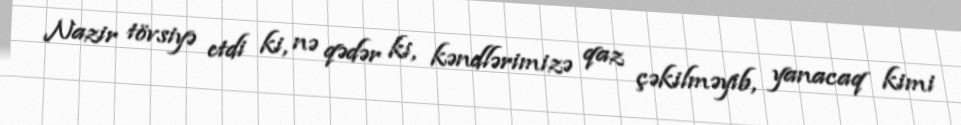
Nazir tövsiyə etdi ki, nə qədər ki, kəndlərimizə qaz çəkilməyib, yanacaq kimi